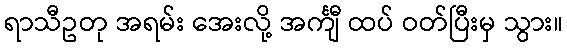
ရာသီဥတု အရမ်း အေးလို့ အင်္ကျီ ထပ် ဝတ်ပြီးမှ သွား။